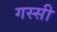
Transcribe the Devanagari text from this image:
गस्सी